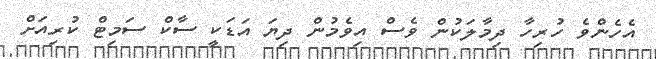
އެހެންވެ ހުރިހާ ދިމާލަކުން ވެސް އިވެމުން ދިޔަ އަޑަކީ ސާކް ސަމިޓް ކުރިއަށް